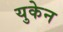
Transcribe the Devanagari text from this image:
युकेन